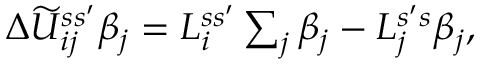
\begin{array} { r } { \Delta \widetilde U _ { i j } ^ { s s ^ { \prime } } \beta _ { j } = L _ { i } ^ { s s ^ { \prime } } \sum _ { j } \beta _ { j } - L _ { j } ^ { s ^ { \prime } s } \beta _ { j } , } \end{array}